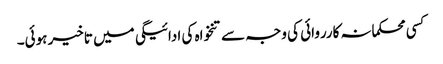
کسی محکمانہ کارروائی کی وجہ سے تنخواہ کی ادائیگی میں تاخیر ہوئی۔